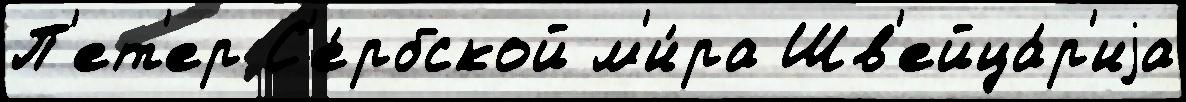
П'ет'ер С'е́рбской м'и́ра Шв'ейца́р'иjа